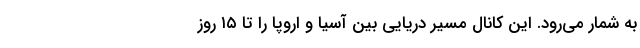
به شمار می‌رود. این کانال مسیر دریایی بین آسیا و اروپا را تا ۱۵ روز